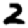
Digit: 2